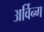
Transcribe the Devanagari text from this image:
अर्विन्ग